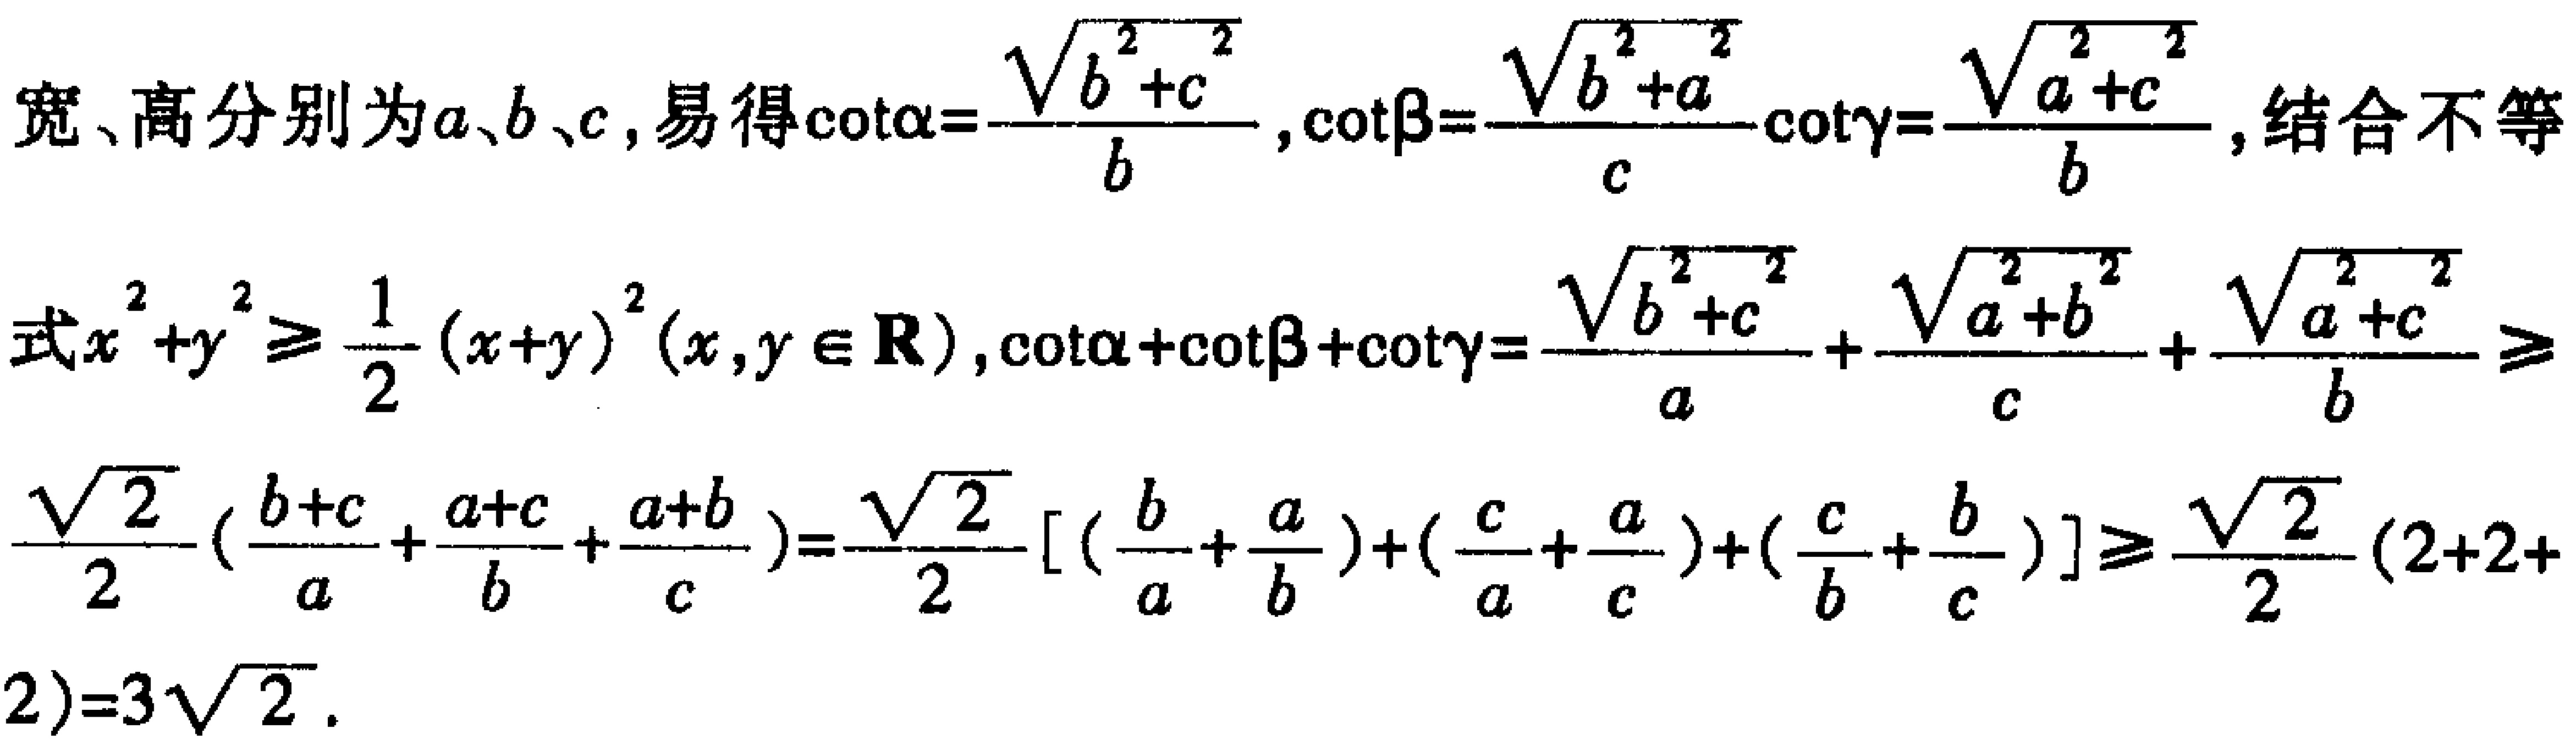
宽、高分别为\(a、b、c\)，易得\(\cot\alpha=\frac{\sqrt{b^{2}+c^{2}}}{b}\)，\(\cot\beta=\frac{\sqrt{b^{2}+a^{2}}}{c}\cot\gamma=\frac{\sqrt{a^{2}+c^{2}}}{b}\)，结合不等式\(x^{2}+y^{2}\geq\frac{1}{2}(x + y)^{2}(x,y\in\mathbf{R})\)，\(\cot\alpha+\cot\beta+\cot\gamma=\frac{\sqrt{b^{2}+c^{2}}}{a}+\frac{\sqrt{a^{2}+b^{2}}}{c}+\frac{\sqrt{a^{2}+c^{2}}}{b}\geq\frac{\sqrt{2}}{2}(\frac{b + c}{a}+\frac{a + c}{b}+\frac{a + b}{c})=\frac{\sqrt{2}}{2}[(\frac{b}{a}+\frac{a}{b})+(\frac{c}{a}+\frac{a}{c})+(\frac{c}{b}+\frac{b}{c})]\geq\frac{\sqrt{2}}{2}(2 + 2+2)=3\sqrt{2}\)。